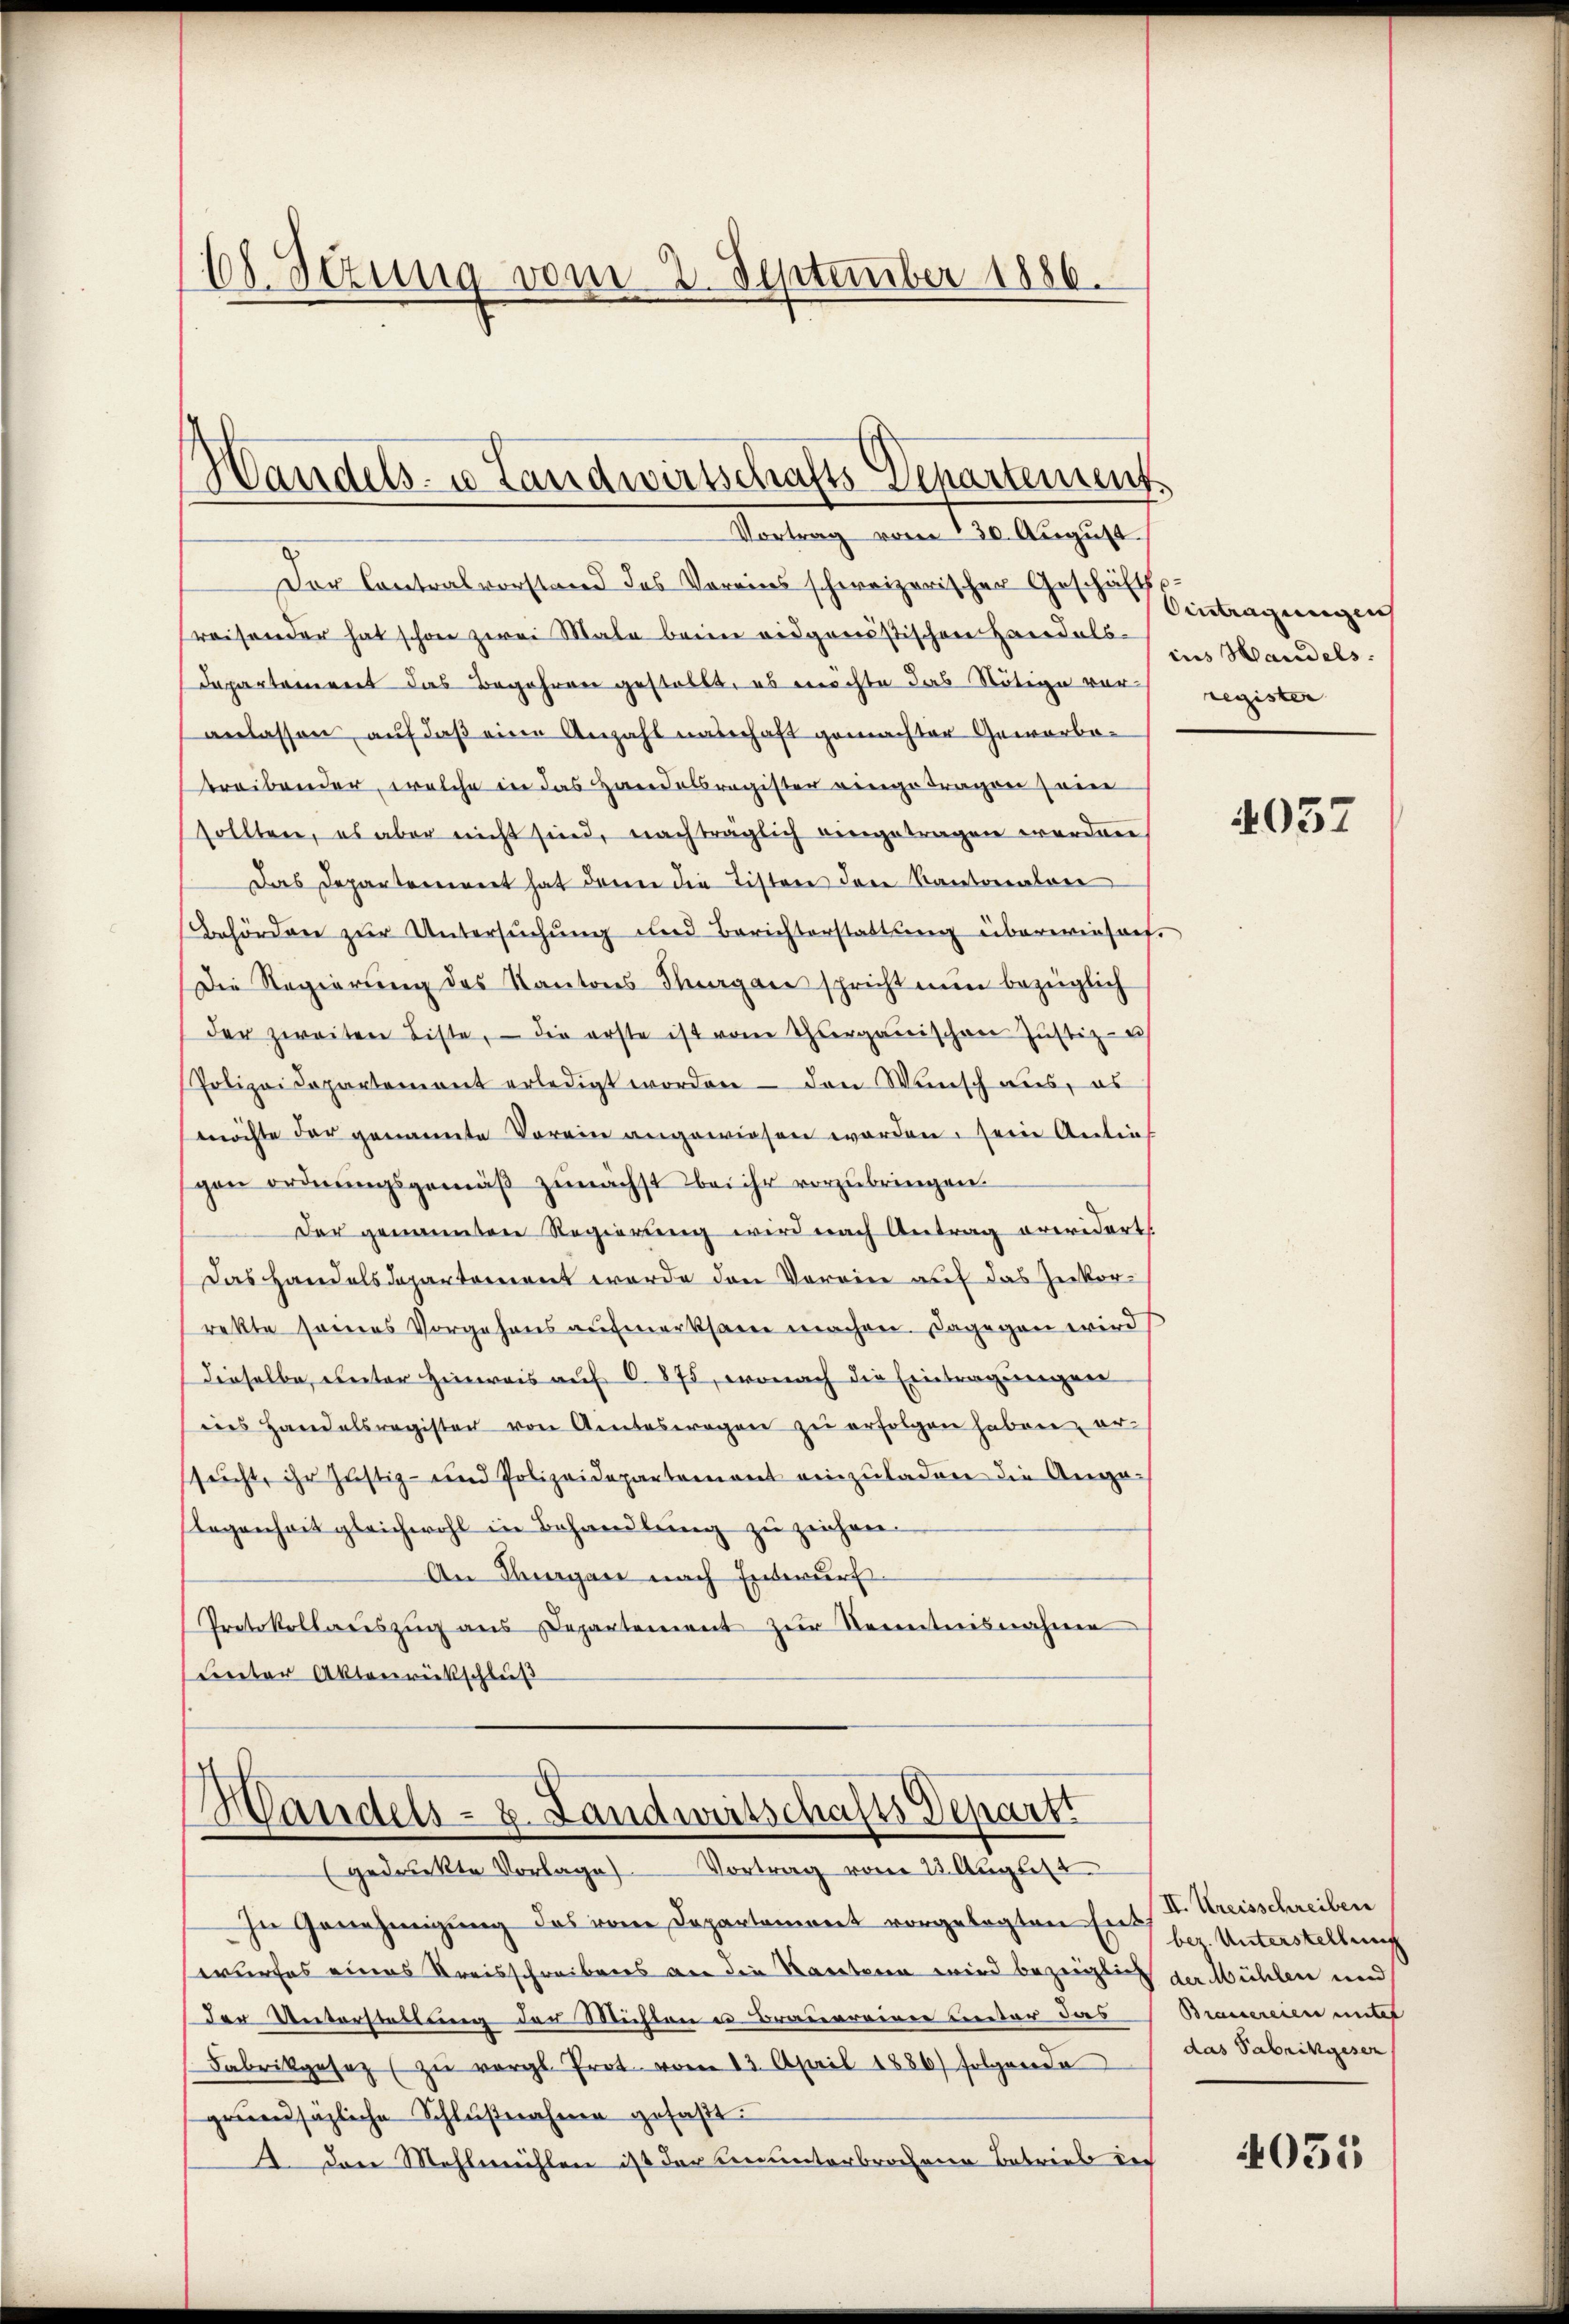
108. Setung vom 2. September 1886.

Handels- u Landwirtschafts-Departement
Vortrag vom 230. August

Handels- u. Landwirtschafts-Departi
(gedruckte Vorlage Vortrag vom 23. August

In Genehmigung des von Departement vorgelegten Ers Unterstellung
wurfes eines Kreisschreibens an die Karteren wird bezeiglich in Mühlen und
der Unterstellung der Michten u Brauereien unter das Bauereien unter
Fabrikgesez zŭ vergl. Prot. vom 13. April 1886) folgende
grundsätzliche Schlŭβnahme gefaßt.
A Den Mehlmühlen ist der denunterbrochene Betries des

Der Contralvorstand des Vereins schweizerischer Geschäfts
Preisender hat schon zwei Male beim eidgenöstischen Handels im Handels¬
Departement das Begehren gestellt, es möchte das Nötige vor register
anlassen, auf daß eine Anzahl nachaft gemachter Gewerbebreibender, welche in das Handelsregister eingetragen sein
sollten, es aber nicht sind, nachträglich eingetragen worden
Das Departereinert hat dann die Tistere der Kantonalare
Behörden zur Untersuchung und Berichterstattung überwiesach¬
Die Regierung des Kantons Stuagan spricht nun bezüglich
der zweiten Liste, – die erste ist vom Thurgauischen Justiz- u
Polizeidepartement erledigt worden – den Wunsch aus, es
möchte der genannte Vorein angewiesen worden, seine Anlief
gen ordnŭngsgemäβ zŭnächst bei ihr vorzŭbringen.
Der genannten Regierung wird nach Antrag orevidert.
Das Handelsdepartement werde den Verein auf das Zenkorrekte seines Vorgehens aufmerksam machen. Dagegen wird
dieselbe, einter Hinweis auf 6. 875, wonach die Eintragungen
des Handelsregister von Ainteswegen zŭ erfolgen haben, er-
ssucht, ihr Justiz- und Polizeidepartement einzuladen die Anga-
legenheit gleichwohl in Behandlung zu zeichen.
An Klingen nach Entwurf
Protokollariszug aus Departement zur Kenntnisnahme
Ceter Aktenrückschluß

Aintragungen

4057

II. Kreisschreiben
das Fabrikgesen

4051